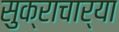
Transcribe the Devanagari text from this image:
सुक्राचार्या